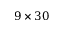
9 \times 3 0